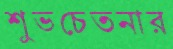
শুভচেতনার